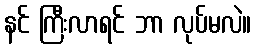
နင် ကြီးလာရင် ဘာ လုပ်မလဲ။